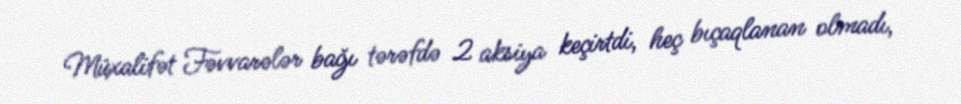
Müxalifət Fəvvarələr bağı tərəfdə 2 aksiya keçirtdi, heç bıçaqlanan olmadı,